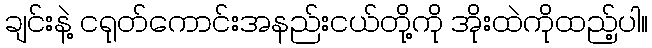
ချင်းနဲ့ ငရုတ်ကောင်းအနည်းငယ်တို့ကို အိုးထဲကိုထည့်ပါ။